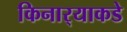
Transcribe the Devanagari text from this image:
किनार्‍याकडे